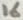
Text: 16